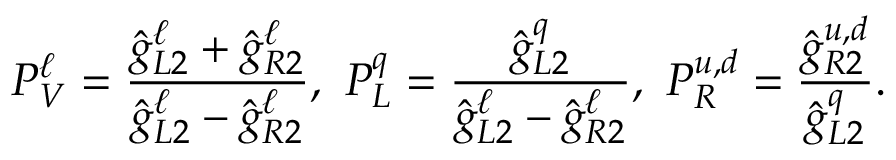
P _ { V } ^ { \ell } = \frac { \hat { g } _ { L 2 } ^ { \ell } + \hat { g } _ { R 2 } ^ { \ell } } { \hat { g } _ { L 2 } ^ { \ell } - \hat { g } _ { R 2 } ^ { \ell } } , \ P _ { L } ^ { q } = \frac { \hat { g } _ { L 2 } ^ { q } } { \hat { g } _ { L 2 } ^ { \ell } - \hat { g } _ { R 2 } ^ { \ell } } , \ P _ { R } ^ { u , d } = \frac { \hat { g } _ { R 2 } ^ { u , d } } { \hat { g } _ { L 2 } ^ { q } } .